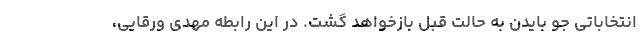
انتخاباتی جو بایدن به حالت قبل بازخواهد گشت. در این رابطه مهدی ورقایی،